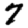
Digit: 7